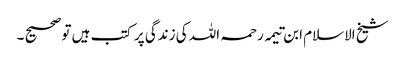
شیخ الاسلام ابن تیمہ رحمہ اللہ کی زندگی پر کتب ہیں تو صحیح ۔